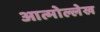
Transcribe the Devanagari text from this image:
आत्मोल्लेख